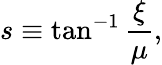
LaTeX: s\equiv\tan^{-1}\frac{\xi}{\mu},